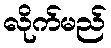
လိုက်မည်